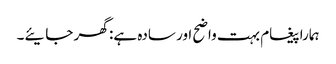
ہمارا پیغام بہت واضح اور سادہ ہے: گھر جایئے۔